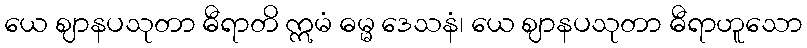
ယေ ဈာနပသုတာ ဓီရာတိ ဣမံ ဓမ္မ ဒေသနံ၊ ယေ ဈာနပသုတာ ဓီရာဟူသော